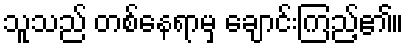
သူသည် တစ်နေရာမှ ချောင်းကြည့်၏။